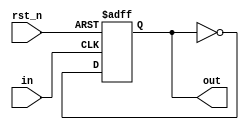
// This program was cloned from: https://github.com/lvzhengde/tsn-soc
// License: BSD 3-Clause "New" or "Revised" License

/*+
 * Copyright (c) 2022-2023 Zhengde
 * 
 * All rights reserved.
 * 
 * Redistribution and use in source and binary forms, with or without
 * modification, are permitted provided that the following conditions are met:
 * 
 * 1 Redistributions of source code must retain the above copyright notice, this
 *   list of conditions and the following disclaimer.
 * 
 * 2 Redistributions in binary form must reproduce the above copyright notice,
 *   this list of conditions and the following disclaimer in the documentation
 *   and/or other materials provided with the distribution.
 * 
 * 3 Neither the name of the copyright holder nor the names of its
 *   contributors may be used to endorse or promote products derived from
 *   this software without specific prior written permission.
 * 
 * THIS SOFTWARE IS PROVIDED BY THE COPYRIGHT HOLDERS AND CONTRIBUTORS "AS IS"
 * AND ANY EXPRESS OR IMPLIED WARRANTIES, INCLUDING, BUT NOT LIMITED TO, THE
 * IMPLIED WARRANTIES OF MERCHANTABILITY AND FITNESS FOR A PARTICULAR PURPOSE ARE
 * DISCLAIMED. IN NO EVENT SHALL THE COPYRIGHT HOLDER OR CONTRIBUTORS BE LIABLE
 * FOR ANY DIRECT, INDIRECT, INCIDENTAL, SPECIAL, EXEMPLARY, OR CONSEQUENTIAL
 * DAMAGES (INCLUDING, BUT NOT LIMITED TO, PROCUREMENT OF SUBSTITUTE GOODS OR
 * SERVICES; LOSS OF USE, DATA, OR PROFITS; OR BUSINESS INTERRUPTION) HOWEVER
 * CAUSED AND ON ANY THEORY OF LIABILITY, WHETHER IN CONTRACT, STRICT LIABILITY,
 * OR TORT (INCLUDING NEGLIGENCE OR OTHERWISE) ARISING IN ANY WAY OUT OF THE USE
 * OF THIS SOFTWARE, EVEN IF ADVISED OF THE POSSIBILITY OF SUCH DAMAGE.
-*/

/*+
 * Divide clock frequency by 2.
 * This is behavioral description, for simulation only.
 * Replace it with real element according to technology used.
-*/

module clk_div2 (
    input           rst_n,
    input           in,
    output          out 
);

`ifdef VENDOR_TECH
    CLK_DIV2 u_clk_div2 
    (
        .RST_N      (rst_n),
        .IN         (in   ),
        .OUT        (out  )
    );

`else
    reg  div2_out;

    always @(posedge in or negedge rst_n) begin
        if (!rst_n)
            div2_out <= 0;  
        else
            div2_out <= !div2_out;    
    end

    assign out = div2_out;
`endif
    
endmodule